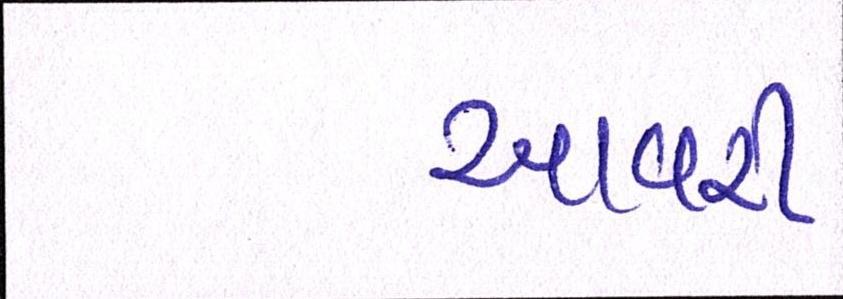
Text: આવરી